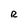
Character: R